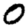
Digit: 0